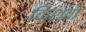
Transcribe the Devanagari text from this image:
क़िश्ती